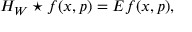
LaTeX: H _ { W } \star f ( x , p ) = E f ( x , p ) ,